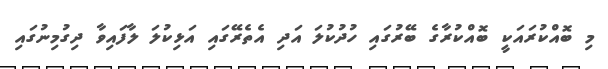
މި ބޮއްކުރައަކީ ބޮއްކުރާގެ ބޭރުގައި ހުދުކުލަ އަދި އެތެރޭގައި އަޅިކުލަ ލާފައިވާ ދިގުމިނުގައި